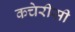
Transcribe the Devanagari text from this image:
कचेरीसी